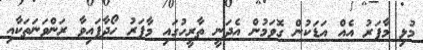
މުޅި މާފަރު އެއް އަޑަކުން ގޮވަމުން އެދަނީ ތާރީހުގައި މާފަރު ހޯދާފައިވާ ރަންވަނަތަކާއި